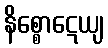
နိစ္စောဋေယျ